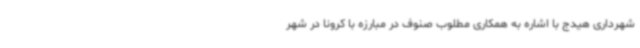
شهرداری هیدج با اشاره به همکاری مطلوب صنوف در مبارزه با کرونا در شهر